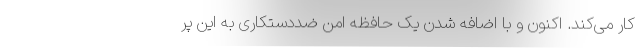
کار می‌کند. اکنون و با اضافه شدن یک حافظه امن ضددستکاری به این پر